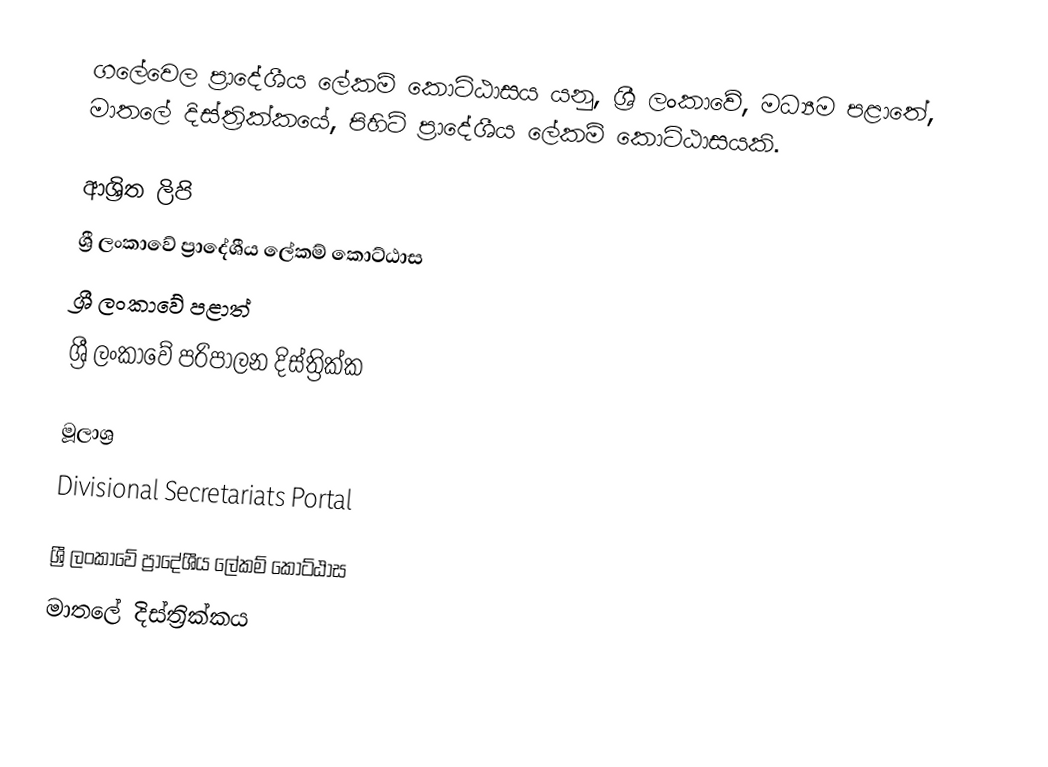
ගලේවෙල ප්‍රාදේශීය ලේකම් කොට්ඨාසය යනු,  ශ්‍රී ලංකාවේ, මධ්‍යම පළාතේ,   මාතලේ දිස්ත්‍රික්කයේ, පිහිටි ප්‍රාදේශීය ලේකම් කොට්ඨාසයකි.

ආශ්‍රිත ලිපි
ශ්‍රී ලංකාවේ ප්‍රාදේශීය ලේකම් කොට්ඨාස
ශ්‍රී ලංකාවේ පළාත්
ශ්‍රී ලංකාවේ පරිපාලන දිස්ත්‍රික්ක

මූලාශ්‍ර
 Divisional Secretariats Portal

ශ්‍රී ලංකාවේ ප්‍රාදේශීය ලේකම් කොට්ඨාස
මාතලේ දිස්ත්‍රික්කය